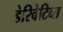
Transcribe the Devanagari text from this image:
डेरिवेटिव्स